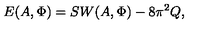
E ( A , \Phi ) = S W ( A , \Phi ) - 8 \pi ^ { 2 } Q ,